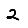
Digit: 2